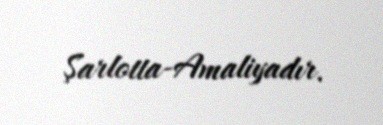
Şarlotta-Amaliyadır.